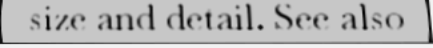
size and detail. See also